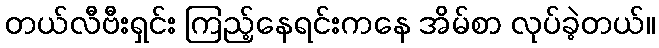
တယ်လီဗီးရှင်း ကြည့်နေရင်းကနေ အိမ်စာ လုပ်ခဲ့တယ်။